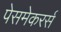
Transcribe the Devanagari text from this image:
पेसमेकरर्स